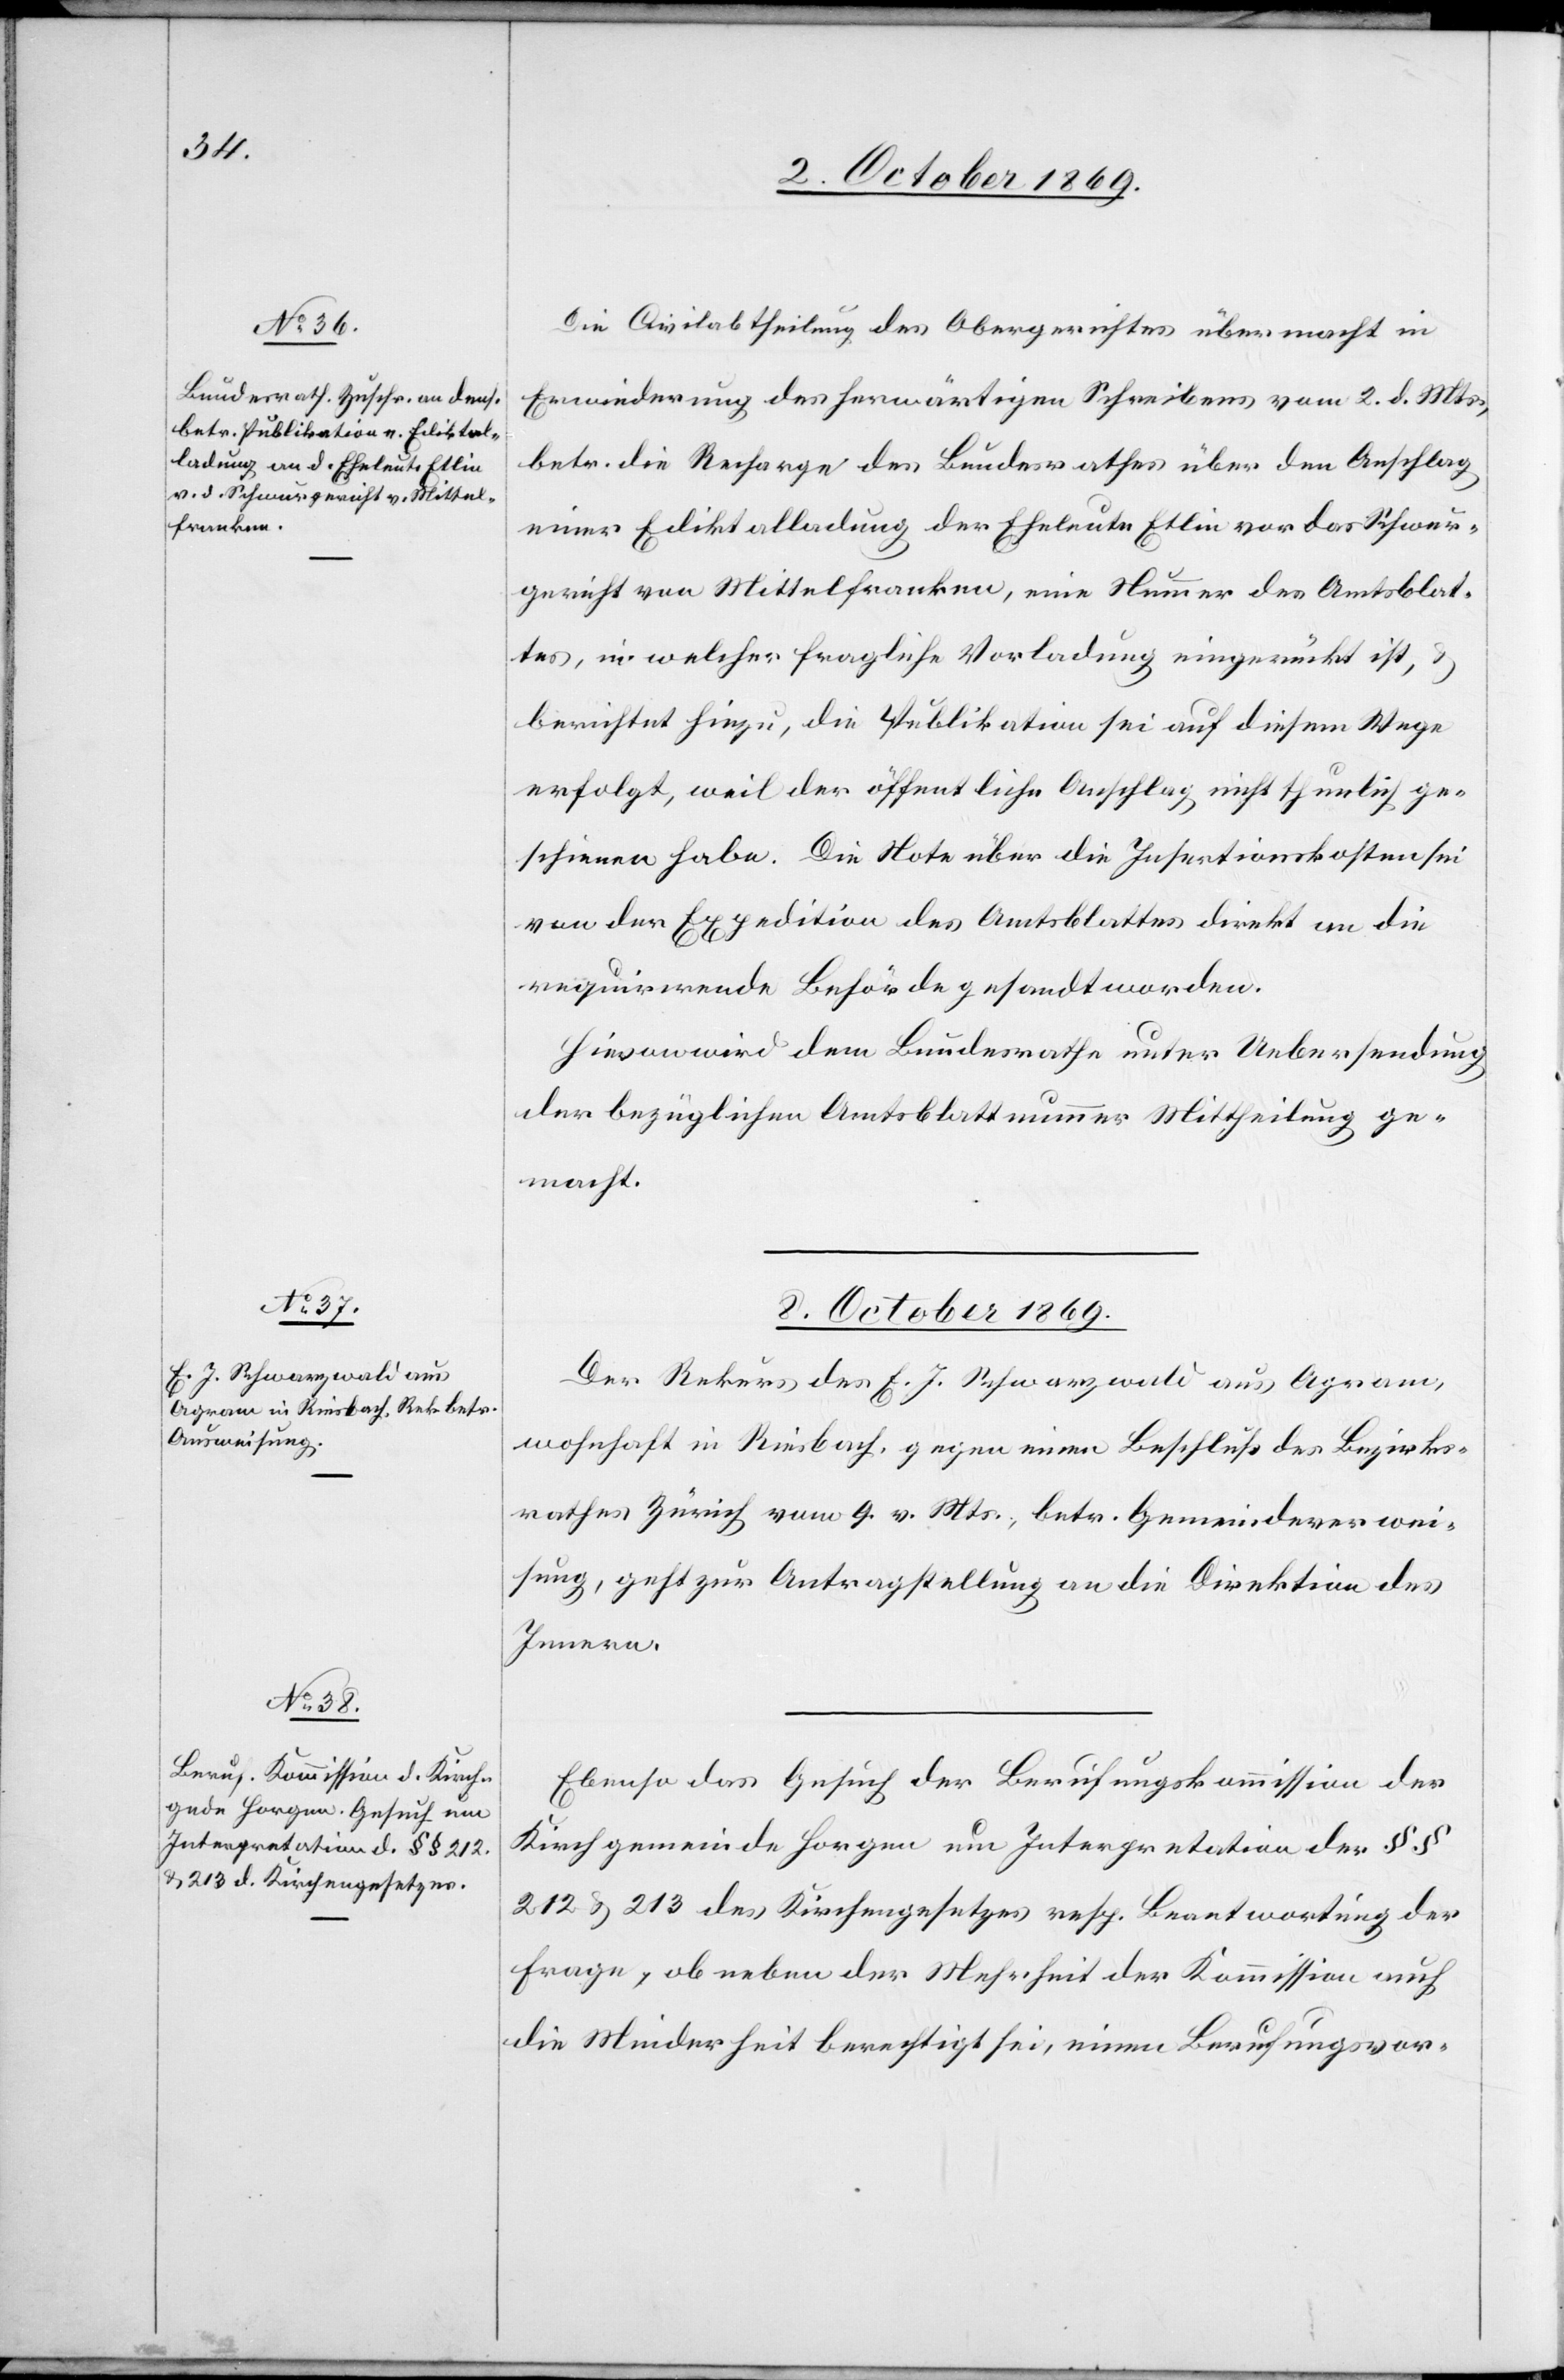
Die Civilabtheilung des Obergerichtes übermacht in
Erwiederung des herwärtigen Schreibens vom 2. d. Mts.,
betr. die Recharge des Bundesrathes über den Anschlag
einer Ediktalladung der Eheleute Etlin vor das Schwur¬
gericht von Mittelfranken, eine Nummer des Amtsblat¬
tes, in welcher fragliche Vorladung eingerückt ist, &
berichtet hiezu, die Publikation sei auf diesem Wege
erfolgt, weil der öffentliche Anschlag nicht thunlich ge¬
schienen habe. Die Note über die Insertionskosten sei
von der Expedition des Amtsblattes direkt an die
requirirende Behörde gesandt worden.
Hievon wird dem Bundesrathe unter Uebersendung
der bezüglichen Amtsblattnummer Mittheilung ge¬
macht.
8. October 1869.]
Der Rekurs des E. J. Schwarzwald aus Agram,
wohnhaft in Riesbach, gegen einen Beschluß des Bezirks¬
rathes Zürich vom 9. v. Mts., betr. Gemeindeverwei¬
sung, geht zur Antragstellung an die Direktion des
Innern.
Ebenso das Gesuch der Berufungskommission der
Kirchgemeinde Horgen um Interpretation der §§
212 & 213 des Kirchengesetzes resp. Beantwortung der
Frage, ob neben der Mehrheit der Kommission auch
die Minderheit berechtigt sei, einen Berufungsvor-